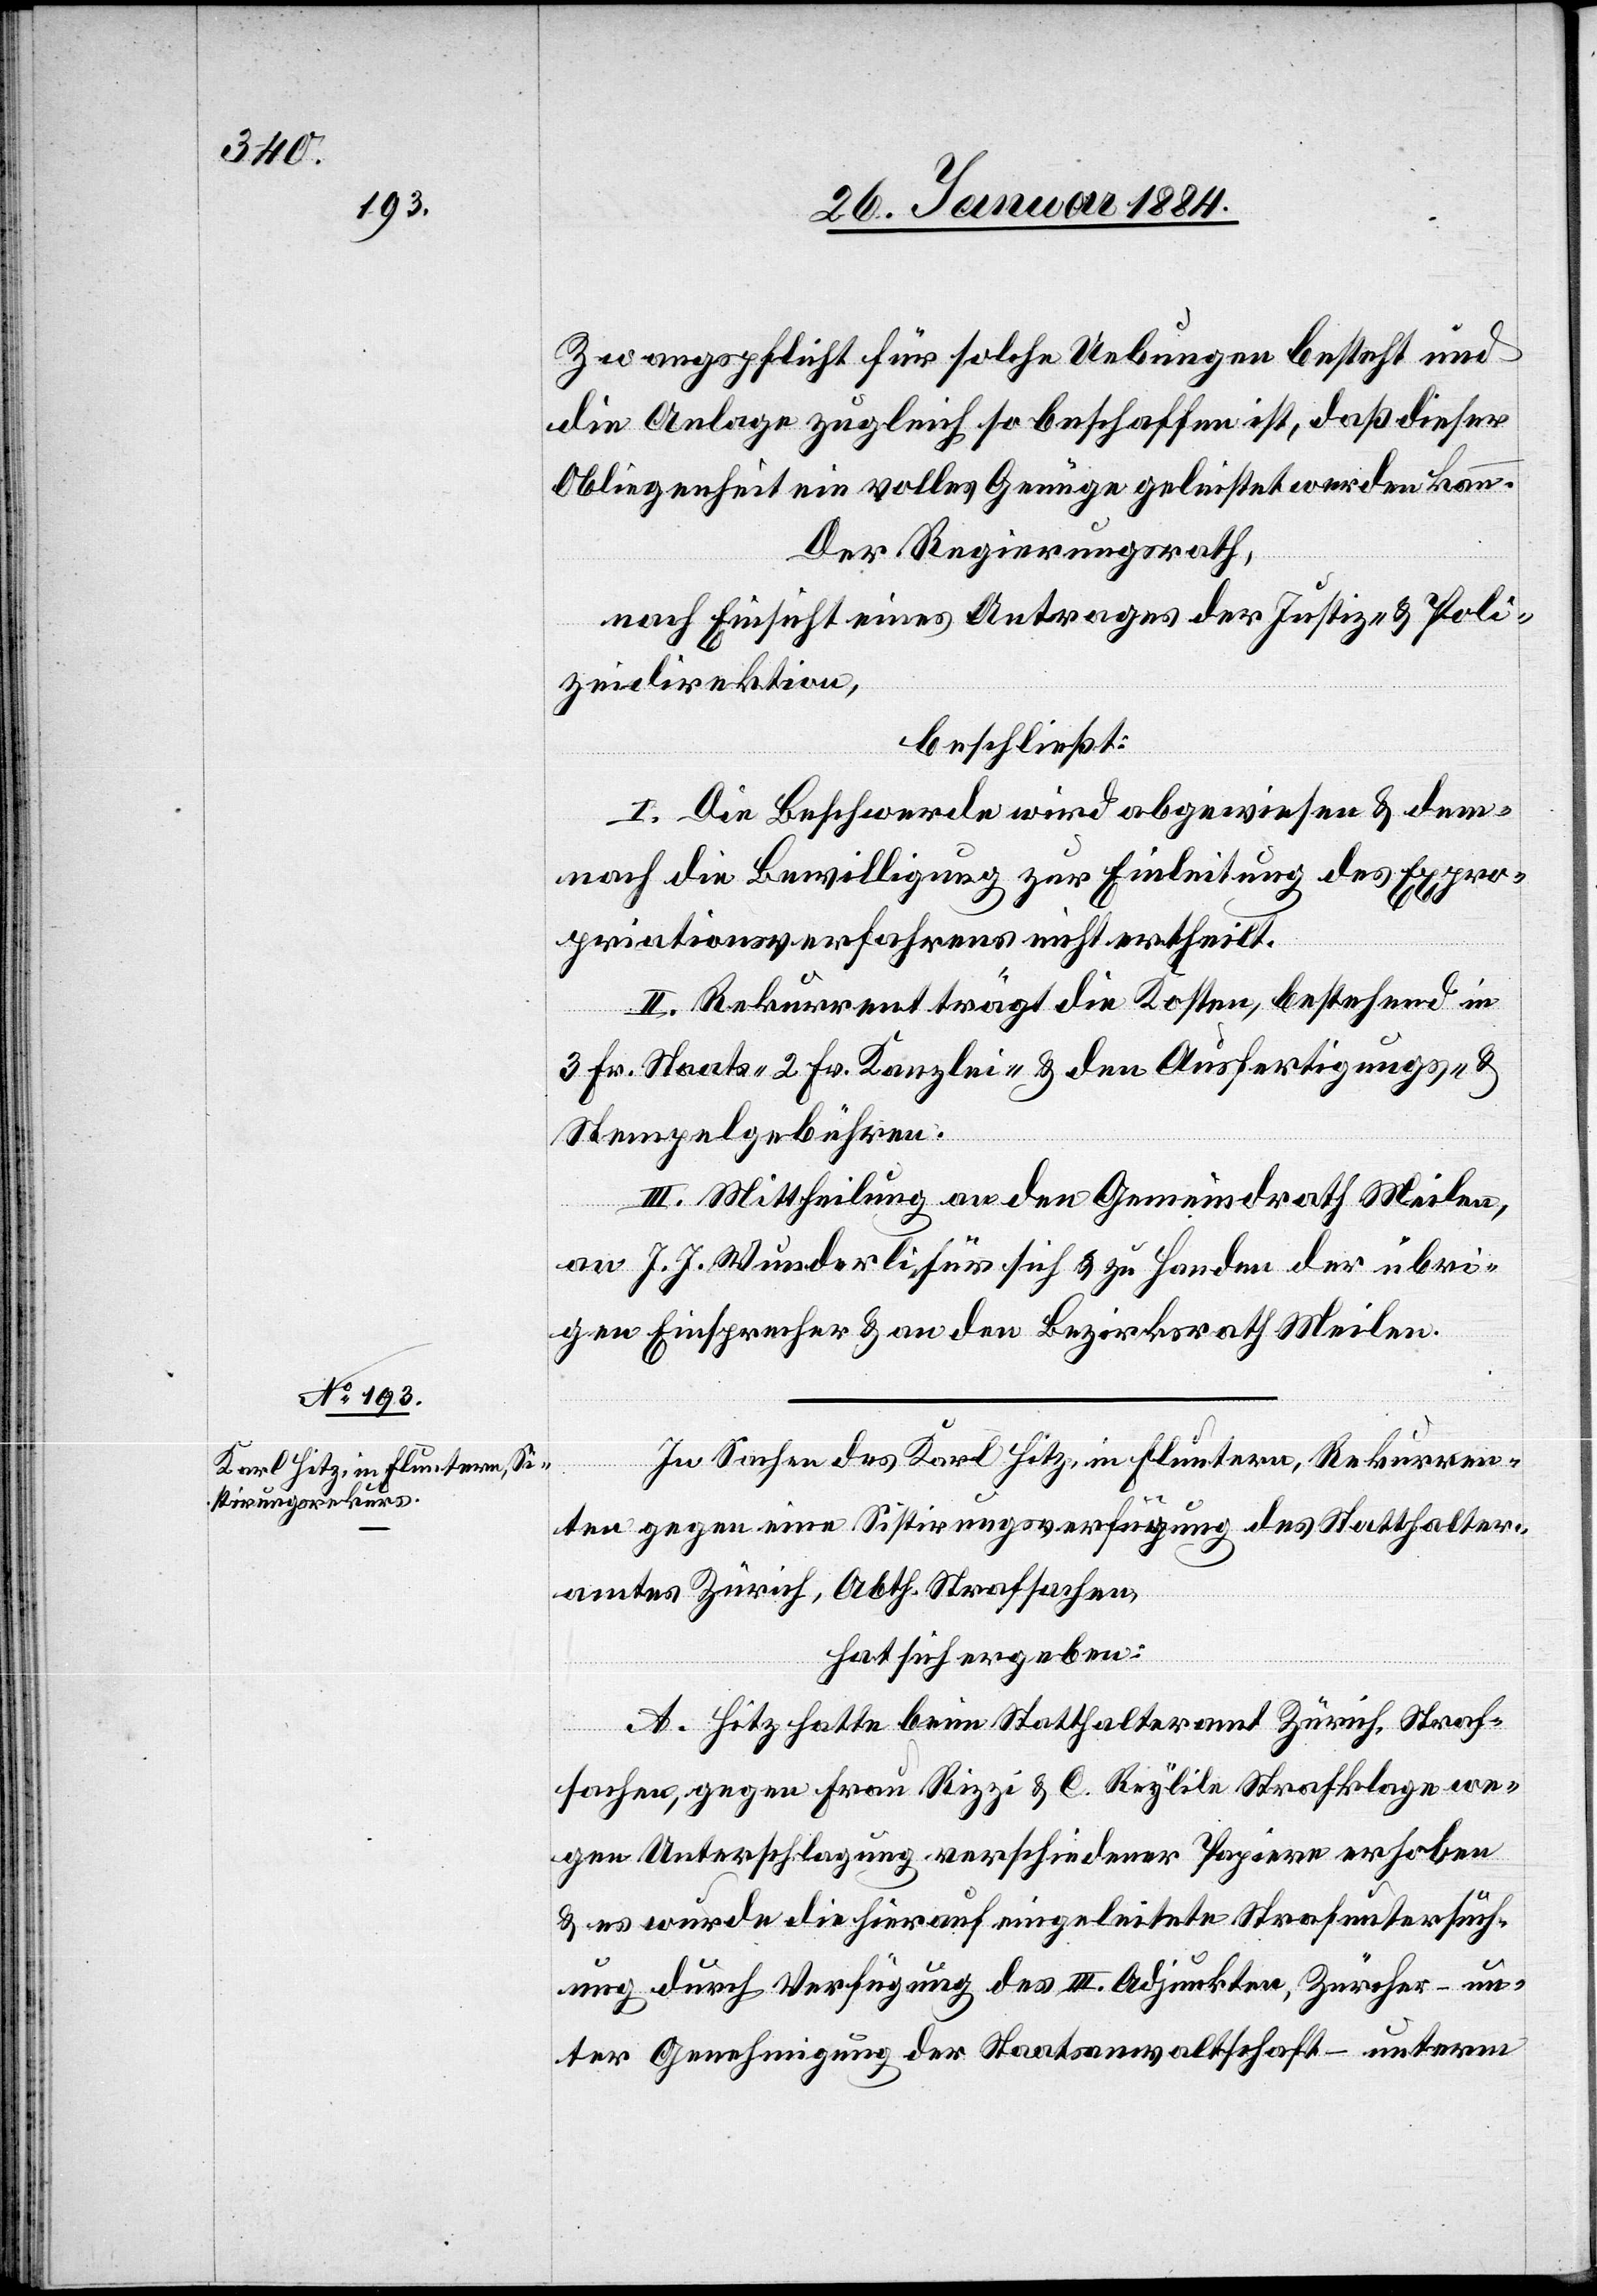
Zwangspflicht für solche Uebungen besteht und
die Anlage zugleich so beschaffen ist, daß dieser
Obliegenheit ein volles Genüge geleistet werden kann.
Der Regierungsrath,
nach Einsicht eines Antrages der Justiz- & Poli¬
zeidirektion,
beschließt:
I. Die Beschwerde wird abgewiesen & dem¬
nach die Bewilligung zur Einleitung des Expro¬
priationsverfahrens nicht ertheilt.
II. Rekurrent trägt die Kosten, bestehend in
3 Fr. Staats-, 2 Fr. Kanzlei- & den Ausfertigungs- &
Stempelgebühren.
III. Mittheilung an den Gemeindrath Meilen,
an J. J. Wunderli für sich & zu Handen der übri¬
gen Einsprecher & an den Bezirksrath Meilen.
In Sachen des Karl Hitz in Fluntern, Rekurren¬
ten gegen eine Sistierungsverfügung des Statthalter¬
amtes Zürich, Abth. Strafsachen,
hat sich ergeben:
A. Hitz hatte beim Statthalteramt Zürich, Straf¬
sachen, gegen Frau Rizzi & C. Reyhle Strafklage we¬
gen Unterschlagung verschiedener Papiere erhoben
& es wurde die hierauf eingeleitete Strafuntersuch¬
ung durch Verfügung des III. Adjunkten, Zürcher – un¬
ter Genehmigung der Staatsanwaltschaft – unterm